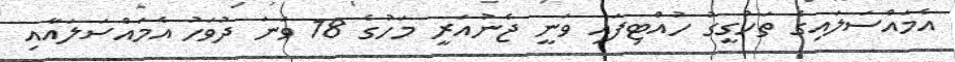
އެމައްސަލައިގެ ތަހުގީގު ހުއްޓިފައި ވަނީ ޖެނުއަރީ މަހުގެ 18 ވަނަ ދުވަހު އެމައްސަލައާއި